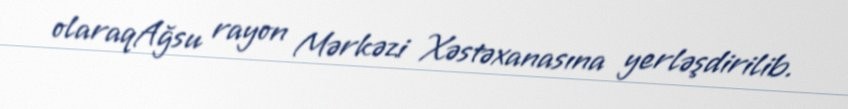
olaraqAğsu rayon Mərkəzi Xəstəxanasına yerləşdirilib.